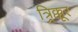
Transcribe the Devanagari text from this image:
त्र्र्र्रिक्कूर